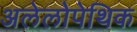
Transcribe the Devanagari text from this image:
अलेलोपेथिक